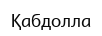
Қабдолла